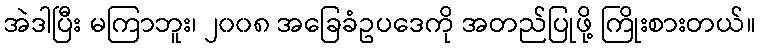
အဲဒါပြီး မကြာဘူး၊ ၂၀၀၈ အခြေခံဥပဒေကို အတည်ပြုဖို့ ကြိုးစားတယ်။